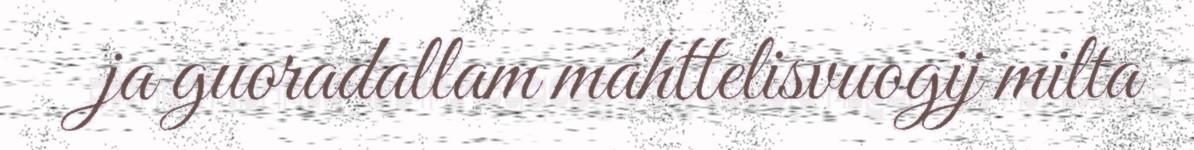
ja guoradallam máhttelisvuogij milta